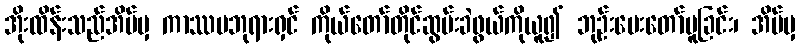
အိုးထိန်းသည်အိမ်မှ ကာဿပဘုရားရှင် ကိုယ်တော်တိုင်ဆွမ်းခဲဖွယ်ကိုယူ၍ ဘုဉ်းပေးတော်မူခြင်း၊ အိမ်မှ